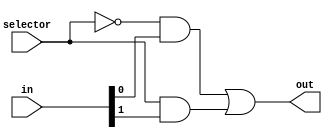
/////////////2-to-1 Multiplexer
///////in[0] is the first input and in[1] is the second input
module MUX(in,selector,out);
    input wire [1:0]in;
    input wire selector;
    output wire out;

    assign out = ~selector&in[0] | selector&in[1];
endmodule